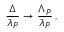
{ \frac { \Delta } { \lambda _ { P } } } \rightarrow { \frac { \Lambda _ { P } } { \lambda _ { P } } } \, ,